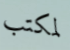
لمكتب